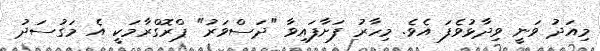
މިއަދު ވަނީ ވިދާޅުވެފަ އެވެ. މިހާރު ފަށާފައިވާ "ދަސްވަރު" ޕްރޮގްރާމަކީ އެ މަގުސަދު